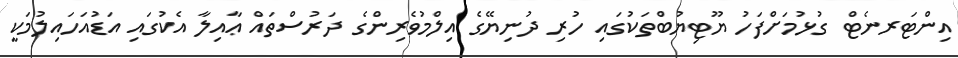
އިންޓަރނެޓް ގުޅުމަށްފަހު ޔޫޓިޔުބްތަކުގައި ހުރި ދުނިޔޭގެ އިލްމުވެރިންގެ ދަރުސްތައް ޢާއިލާ އެކުގައި އަޑުއަހައިލުމަކީ